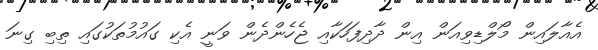
އެއާލައިން މޯލްޑިވިއަން އިން ދާދިފަހަކާއި ޖެހެންދެން ވަނީ އެކި ގައުމުތަކުގައި ތިބި ގިނަ